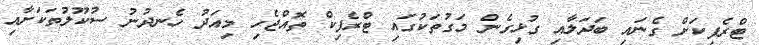
ޓްރެފިކަށް ގެނައި ބަދަލާއި ގުޅިގެން މަގުތަކުގައި ޓްރެފިކް ތޮއްޖެހި މިއަދު ހެނދުނު ސުކޫލުތަކަށާއި